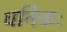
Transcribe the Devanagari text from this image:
धनिकः